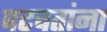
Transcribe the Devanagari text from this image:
पटवतांना